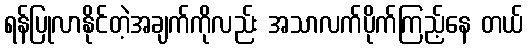
ရန်ပြုလာနိုင်တဲ့အချက်ကိုလည်း အသာလက်ပိုက်ကြည့်နေ တယ်